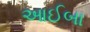
આઈબા